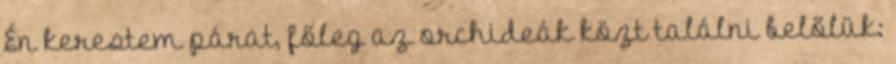
Én kerestem párat, főleg az orchideák közt találni belőlük: